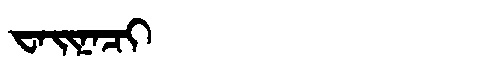
Manchu: ᠸᠠᡳᠨᠠᠴᡳ
Romanization: WAINACI